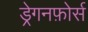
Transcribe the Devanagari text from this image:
ड्रेगनफ़ोर्स